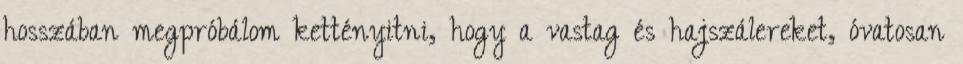
hosszában megpróbálom kettényitni, hogy a vastag és hajszálereket, óvatosan